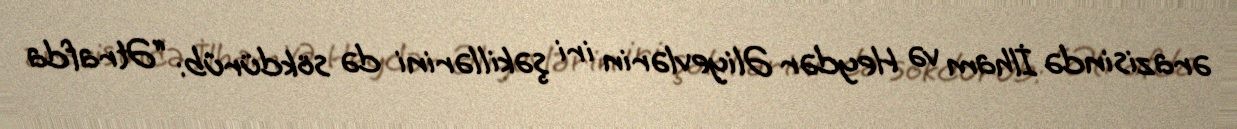
ərazisində İlham və Heydər Əliyevlərin iri şəkillərini də sökdürüb: “Ətrafda